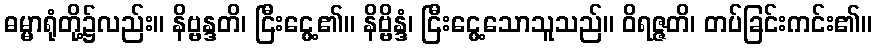
ဓမ္မာရုံတို့၌လည်း။ နိဗ္ဗန္ဒတိ၊ ငြီးငွေ့၏။ နိဗ္ဗိန္ဒံ၊ ငြီးငွေ့သောသူသည်။ ဝိရဇ္ဇတိ၊ တပ်ခြင်းကင်း၏။